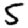
Digit: 5